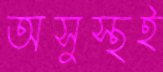
অসুস্থই